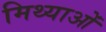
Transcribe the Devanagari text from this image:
मिथ्याओं